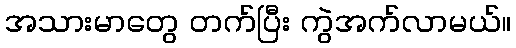
အသားမာတွေ တက်ပြီး ကွဲအက်လာမယ်။